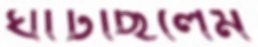
ঘাঁটছিলেম